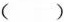
()